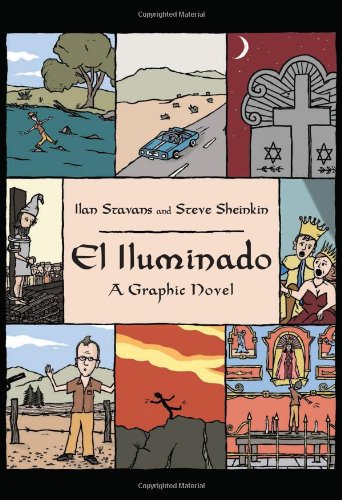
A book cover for El Iluminado: A Graphic Novel; Ilan Stavans; Comics & Graphic Novels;